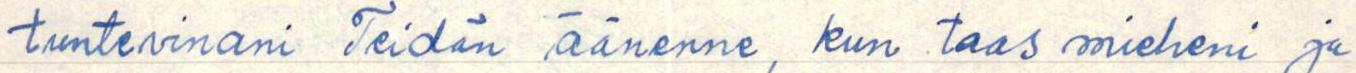
tuntevinani Teidän äänenne, kun taas mieheni ja